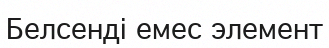
Белсенді емес элемент